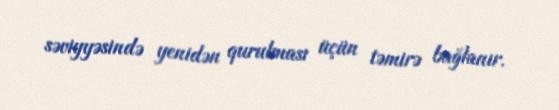
səviyyəsində yenidən qurulması üçün təmirə bağlanır.